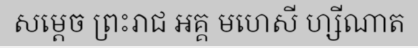
សម្តេច ព្រះរាជ អគ្គ មហេសី ហ្សីណាត